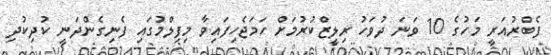
ފެބްރުއަރީ މަހުގެ 10 ވަނަ ދުވަހު ރިލީޒްކުރުމަށް ހަމަޖެހިފައިވާ މިފިލްމުގައި ފެނިގެންދަނީ ކުދިކުދި